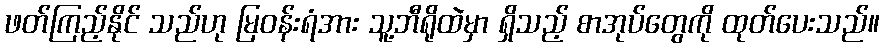
ဖတ်ကြည့်နိုင် သည်ဟု မြဝန်းရံအား သူ့ဘီရိုထဲမှာ ရှိသည့် စာအုပ်တွေကို ထုတ်ပေးသည်။